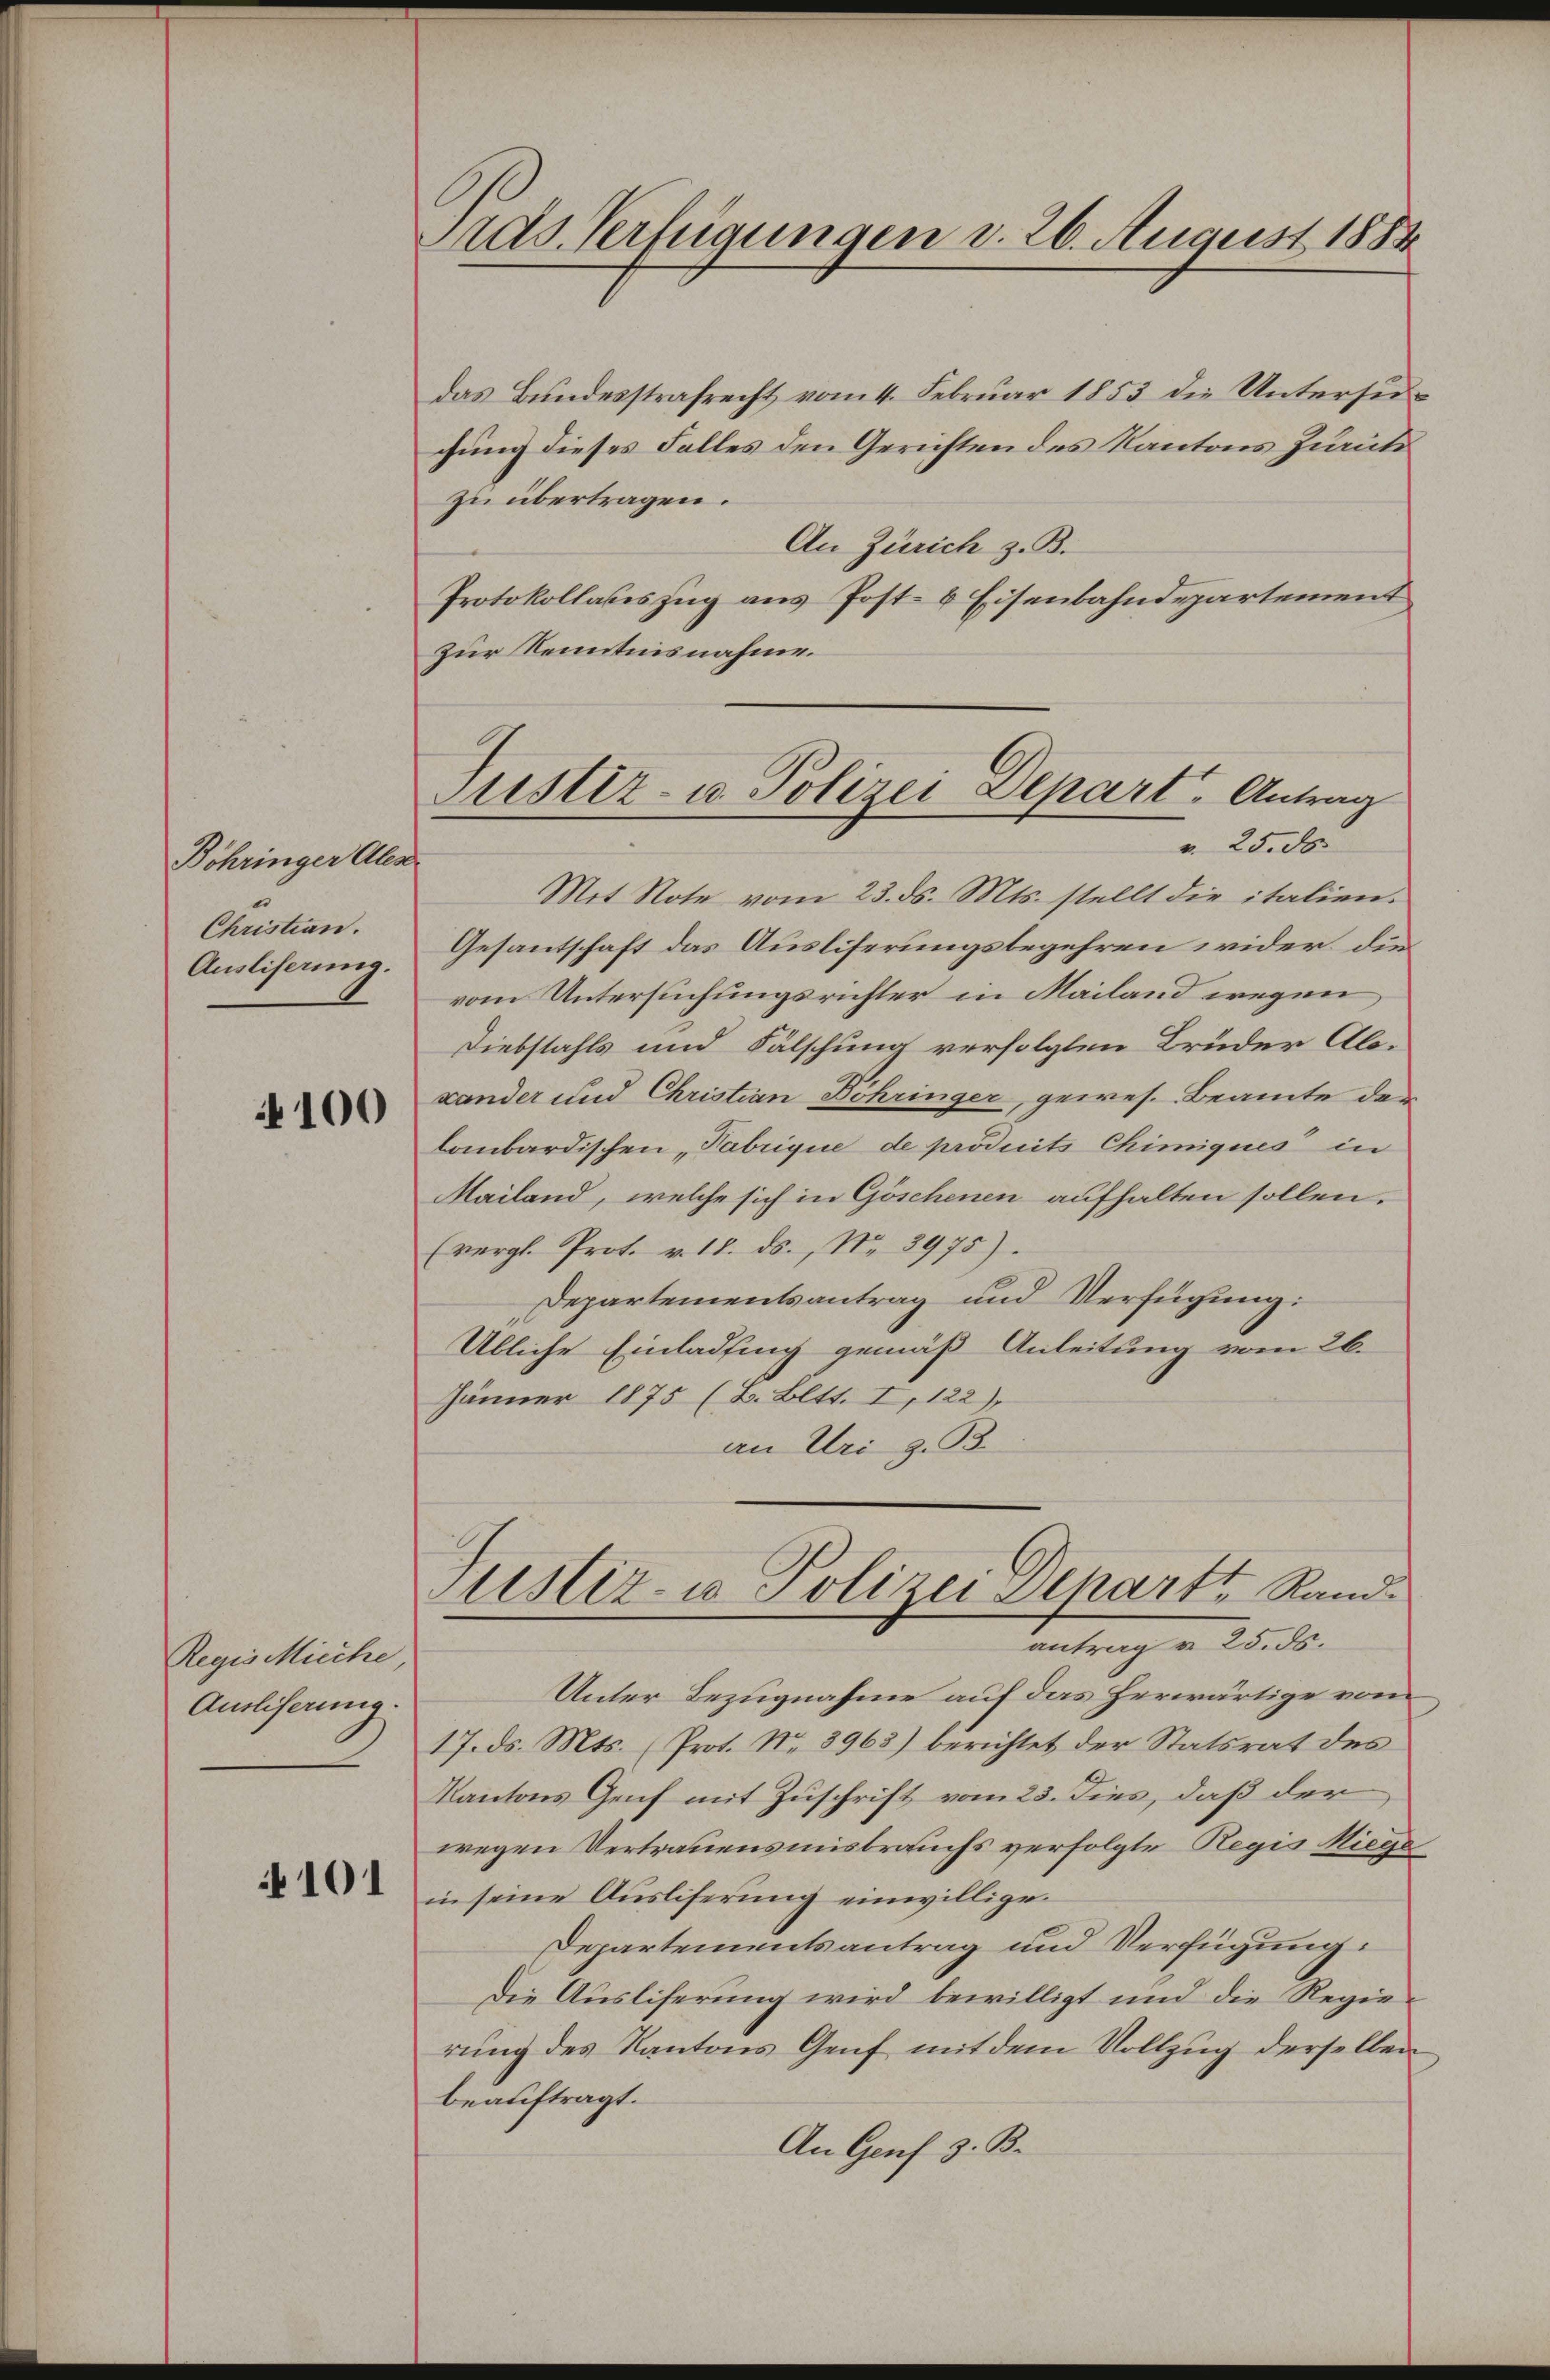
Böhringer Alex
Christian.
Ausliserung.

4100

Regis Miche,
Ausliferung.

101

Add. Verfügungen d. 26. August 1884

das Bundesstrafrecht vom 4. Februar 1853 die Untersuchung dieses Falles den Gerichten des Kantons Zürich
zu übertragen.
An Zürich z. B.
Protokollateszug aus Post- & Eisenbahndepartement
zur Kenntnisnahme.
Mit Note vom 23. ds. Mts. stellt die italien.
Gesantschaft das Ausliserungsbegehren wider die
vom Untersuchungsrichter in Mailand wegen
Diebstahls und Fälschung verfolgten Brüder Ab-
xander und Christian Böhringer, gewes. Beamte der
lombardischen Fabrique de produits Chimiques in
Mailand, welche sich in Göschenen aufhalten sollen.
(vergl. Prot. v. 18. ds., Nr. 3975).
Departementsantrag und Verfügung:
Übliche Einladung gemäß Anleitung vom 26.
Jänner 1875 (B. Bett. I, 122)
an Uri z. B.

Justiz- u. Polizei Depart. Antrag
". 25. d.

Justiz- u Polizei Departe Rand
antrag § 25. ds.

Unter Bezugnahme auf das herwärtige vom
17. ds. Mts. (Prot. No 8963) berichtet der Statsrat des
Kantons Genf mit Zuschrift vom 23. dies, daß der
wegen Vertrauensmisbrauchs verfolgte Regis Riege
in seine Ausliferung einwilligen
Departementsantrag und Verfügung:
Die Ausliferung wird bewilligt und die Regierung des Kantons Genf mit dem Vollzug derselben
beauftragt.
An Genf z. B.